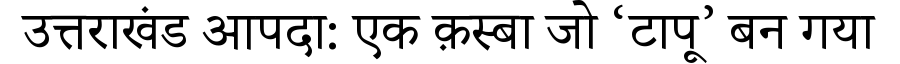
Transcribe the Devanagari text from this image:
उत्तराखंड आपदा: एक क़स्बा जो ‘टापू’ बन गया